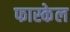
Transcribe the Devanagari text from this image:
फास्केल